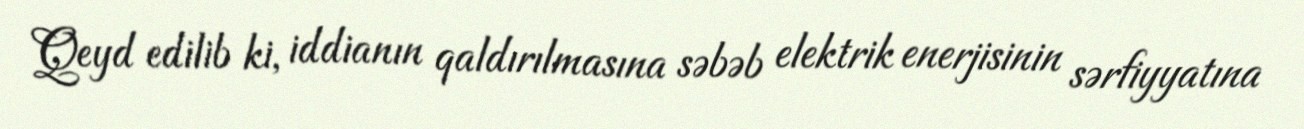
Qeyd edilib ki, iddianın qaldırılmasına səbəb elektrik enerjisinin sərfiyyatına